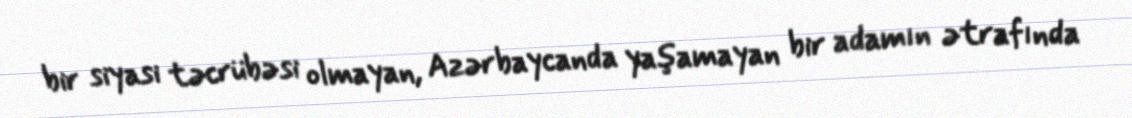
bir siyasi təcrübəsi olmayan, Azərbaycanda yaşamayan bir adamın ətrafında